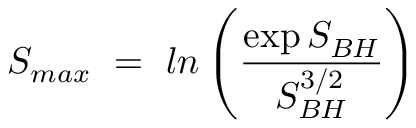
S _ { m a x } ~ = ~ l n \left( { \frac { \exp { S _ { B H } } } { S _ { B H } ^ { 3 / 2 } } } \right) ~